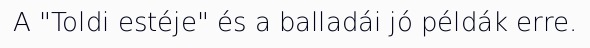
A "Toldi estéje" és a balladái jó példák erre.